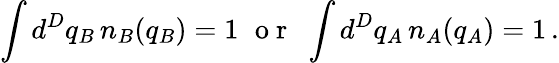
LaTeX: \int d^{D}q_{B}\, n_{B}(q_{B})=1\, \, \mathrm{~o~r~}\, \, \int d^{D}q_{A}\, n_{A}(q_{A})=1\, .